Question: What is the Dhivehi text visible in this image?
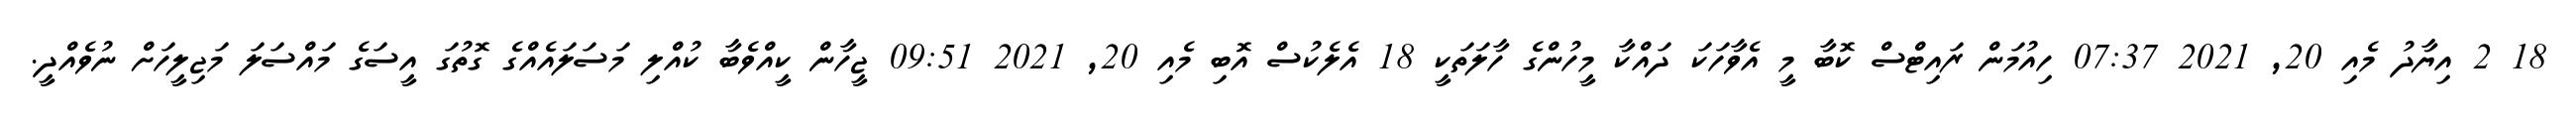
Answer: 18 2 އިޔާދު މެއި 20, 2021 07:37 ހިއުމަން ރައިޓްސް ކޮބާ މީ އެވާހަކަ ދައްކާ މީހުންގެ ހާލަތަކީ 18 އެލެކުސް އޮބި މެއި 20, 2021 09:51 ޖީހާން ކީއްވެބާ ކުއްލި މަސަލައެއްގެ ގޮތުގަ އީސަގެ މައްސަލަ މަޖިލީހަށް ނުވެއްދީ.